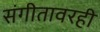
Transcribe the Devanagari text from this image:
संगीतावरही